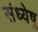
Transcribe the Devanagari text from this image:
संध्येषु